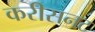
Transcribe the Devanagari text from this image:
करीसनट